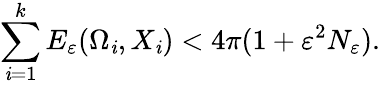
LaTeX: \sum_{\mathit{i}=1}^{k}E_{\varepsilon}(\Omega_{\mathit{i}},X_{\mathit{i}})<4\pi(1+\varepsilon^{2}N_{\varepsilon}).